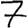
Digit: 7